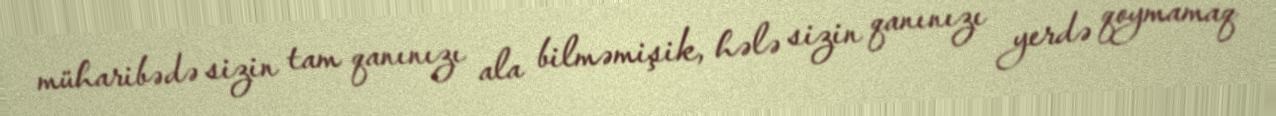
müharibədə sizin tam qanınızı ala bilməmişik, hələ sizin qanınızı yerdə qoymamaq